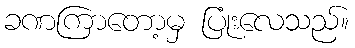
ခဏကြာတော့မှ ပြုံးလေသည်။